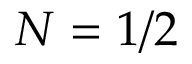
N = 1 / 2